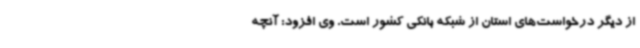
از دیگر درخواست‌های استان از شبکه بانکی کشور است. وی افزود: آنچه